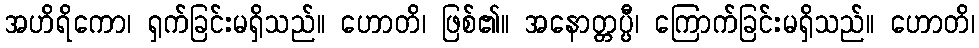
အဟိရိကော၊ ရှက်ခြင်းမရှိသည်။ ဟောတိ၊ ဖြစ်၏။ အနောတ္တပ္ပီ၊ ကြောက်ခြင်းမရှိသည်။ ဟောတိ၊